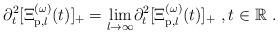
LaTeX: \begin{align*}\partial _{t}^{2}[\Xi _{\mathrm{p},l}^{(\omega )}(t)]_{+}=\underset{l\rightarrow \infty }{\lim }\partial _{t}^{2}[\Xi _{\mathrm{p},l}^{(\omega)}(t)]_{+}\ ,t\in \mathbb{R}\ . \end{align*}